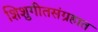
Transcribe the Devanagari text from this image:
शिशुगीतसंग्रहात